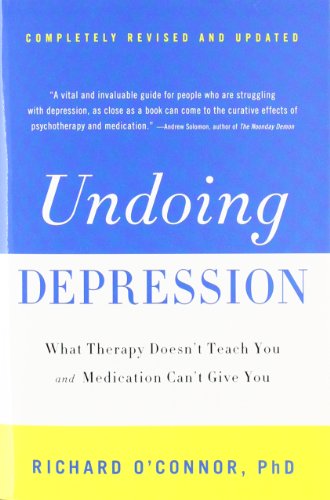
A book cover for Undoing Depression: What Therapy Doesn't Teach You and Medication Can't Give You; Richard O'Connor; Health, Fitness & Dieting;